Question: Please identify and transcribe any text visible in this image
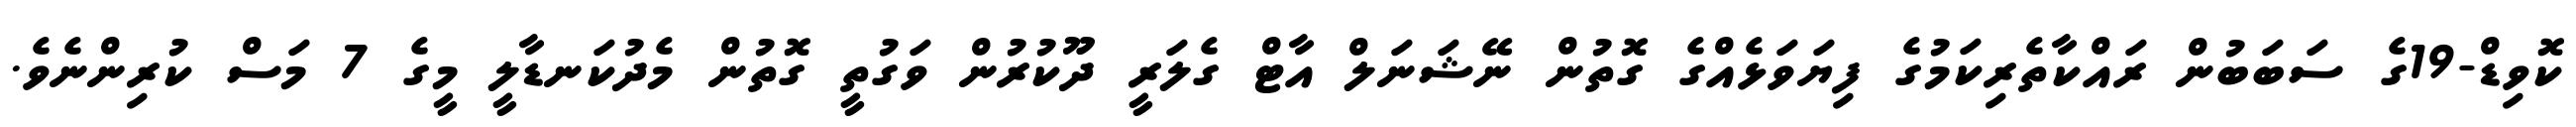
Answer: ކޮވިޑް-19ގެ ސަބަބުން ރައްކާތެރިކަމުގެ ފިޔަވަޅެއްގެ ގޮތުން ނޭޝަނަލް އާޓް ގެލަރީ ދޫކުރުން ވަގުތީ ގޮތުން މެދުކަނޑާލީ މީގެ 7 މަސް ކުރިންނެވެ.